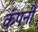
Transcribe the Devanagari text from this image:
कंपनी